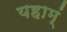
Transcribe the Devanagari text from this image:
यहाम्ं